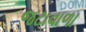
જટાવાળા